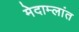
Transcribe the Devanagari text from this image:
मेदाम्लांत